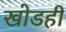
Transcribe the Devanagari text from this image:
खोडही